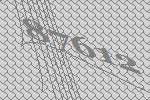
87612